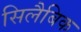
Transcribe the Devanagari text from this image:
सिलैबिक